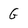
Character: G